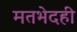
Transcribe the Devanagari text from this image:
मतभेदही